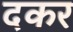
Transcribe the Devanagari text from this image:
दकर